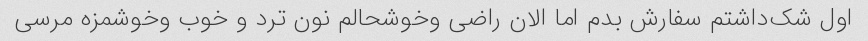
اول شک‌داشتم سفارش بدم اما الان راضی و‌خوشحالم نون ترد و خوب و‌خوشمزه مرسی